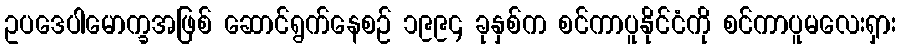
ဥပဒေပါမောက္ခအဖြစ် ဆောင်ရွက်နေစဉ် ၁၉၉၄ ခုနှစ်က စင်ကာပူနိုင်ငံကို စင်ကာပူမလေးရှား